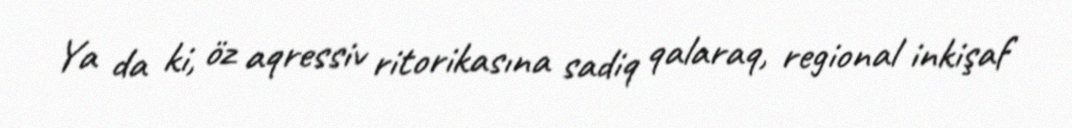
Ya da ki, öz aqressiv ritorikasına sadiq qalaraq, regional inkişaf